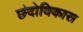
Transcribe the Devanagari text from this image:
छंदोविकास